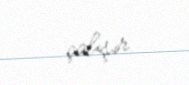
çalışır.